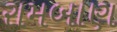
રામબાણ